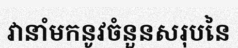
វានាំមកនូវចំនួនសរុបនៃ